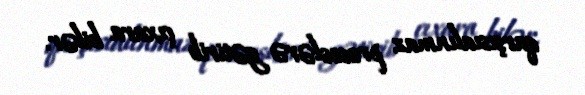
qarşısıalınmaz proseslərə gətirib çıxara bilər.